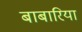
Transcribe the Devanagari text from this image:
बाबारिया